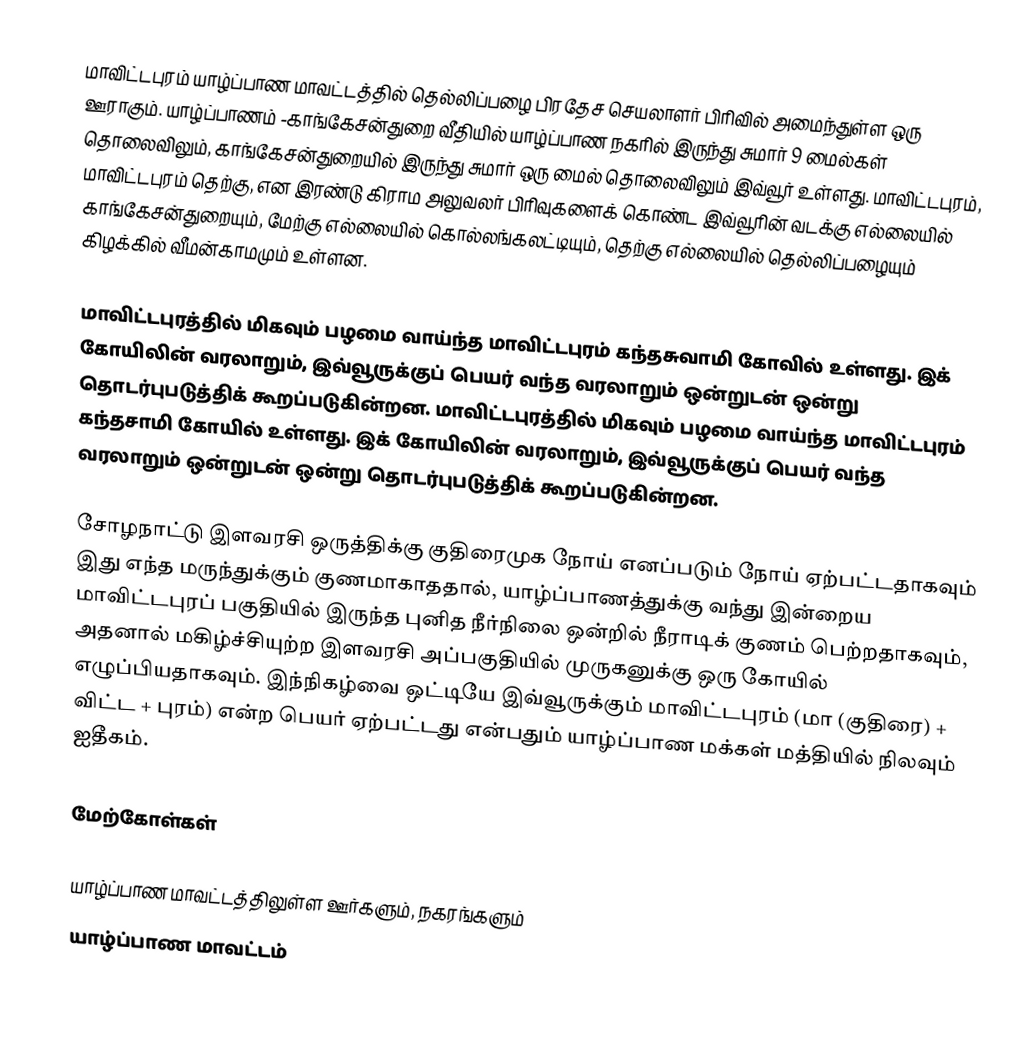
மாவிட்டபுரம் யாழ்ப்பாண மாவட்டத்தில் தெல்லிப்பழை பிரதேச செயலாளர் பிரிவில் அமைந்துள்ள ஒரு ஊராகும். யாழ்ப்பாணம் -காங்கேசன்துறை வீதியில் யாழ்ப்பாண நகரில் இருந்து சுமார் 9 மைல்கள் தொலைவிலும், காங்கேசன்துறையில் இருந்து சுமார் ஒரு மைல் தொலைவிலும் இவ்வூர் உள்ளது. மாவிட்டபுரம், மாவிட்டபுரம் தெற்கு, என இரண்டு கிராம அலுவலர் பிரிவுகளைக் கொண்ட இவ்வூரின் வடக்கு எல்லையில் காங்கேசன்துறையும், மேற்கு எல்லையில் கொல்லங்கலட்டியும், தெற்கு எல்லையில் தெல்லிப்பழையும் கிழக்கில் வீமன்காமமும் உள்ளன.

மாவிட்டபுரத்தில் மிகவும் பழமை வாய்ந்த மாவிட்டபுரம் கந்தசுவாமி கோவில் உள்ளது. இக் கோயிலின் வரலாறும், இவ்வூருக்குப் பெயர் வந்த வரலாறும் ஒன்றுடன் ஒன்று தொடர்புபடுத்திக் கூறப்படுகின்றன. மாவிட்டபுரத்தில் மிகவும் பழமை வாய்ந்த மாவிட்டபுரம் கந்தசாமி கோயில் உள்ளது. இக் கோயிலின் வரலாறும், இவ்வூருக்குப் பெயர் வந்த வரலாறும் ஒன்றுடன் ஒன்று தொடர்புபடுத்திக் கூறப்படுகின்றன.

சோழநாட்டு இளவரசி ஒருத்திக்கு குதிரைமுக நோய் எனப்படும் நோய் ஏற்பட்டதாகவும் இது எந்த மருந்துக்கும் குணமாகாததால், யாழ்ப்பாணத்துக்கு வந்து இன்றைய மாவிட்டபுரப் பகுதியில் இருந்த புனித நீர்நிலை ஒன்றில் நீராடிக் குணம் பெற்றதாகவும், அதனால் மகிழ்ச்சியுற்ற இளவரசி அப்பகுதியில் முருகனுக்கு ஒரு கோயில் எழுப்பியதாகவும். இந்நிகழ்வை ஒட்டியே இவ்வூருக்கும் மாவிட்டபுரம் (மா (குதிரை) + விட்ட + புரம்) என்ற பெயர் ஏற்பட்டது என்பதும் யாழ்ப்பாண மக்கள் மத்தியில் நிலவும் ஐதீகம்.

மேற்கோள்கள்

யாழ்ப்பாண மாவட்டத்திலுள்ள ஊர்களும், நகரங்களும்
யாழ்ப்பாண மாவட்டம்